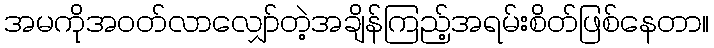
အမကိုအဝတ်လာလျှော်တဲ့အချိန်ကြည့်အရမ်းစိတ်ဖြစ်နေတာ။